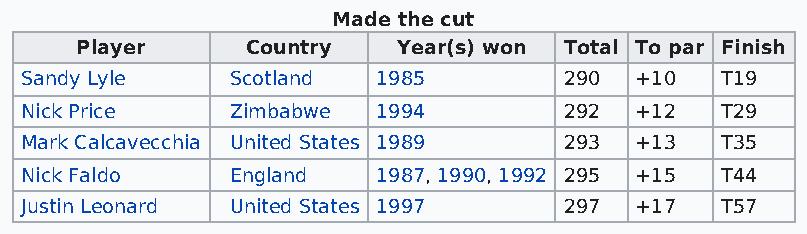
Made the cut
 Player     Country   Year(s) won Total To par Finish
 Sandy Lyle    Scotland  1985        290  +10   T19
 Nick Price    Zimbabwe  1994        292  +12   T29
 Mark Calcavecchia United States 1989 293 +13   T35
 Nick Faldo    England   1987, 1990, 1992 295 +15 T44
 Justin Leonard United States 1997   297  +17   T57